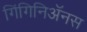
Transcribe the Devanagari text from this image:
गिंगिनिॲनस